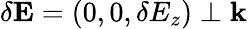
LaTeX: \delta\mathbf{E}=(0,0,\delta E_{z})\perp\mathbf{k}